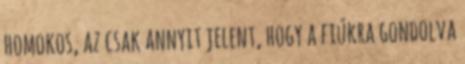
homokos, az csak annyit jelent, hogy a fiúkra gondolva